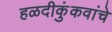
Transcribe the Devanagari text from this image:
हळदीकुंकवांचे